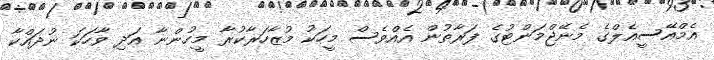
އެމްއޭސީއެލްގެ މެނޭޖްމަންޓުގެ ފަރާތުން އެއްވެސް މީހަކު މުޒާހަރާކުރާ މީހުންނާ އަދި ވާހަކަ ނުދައްކާ